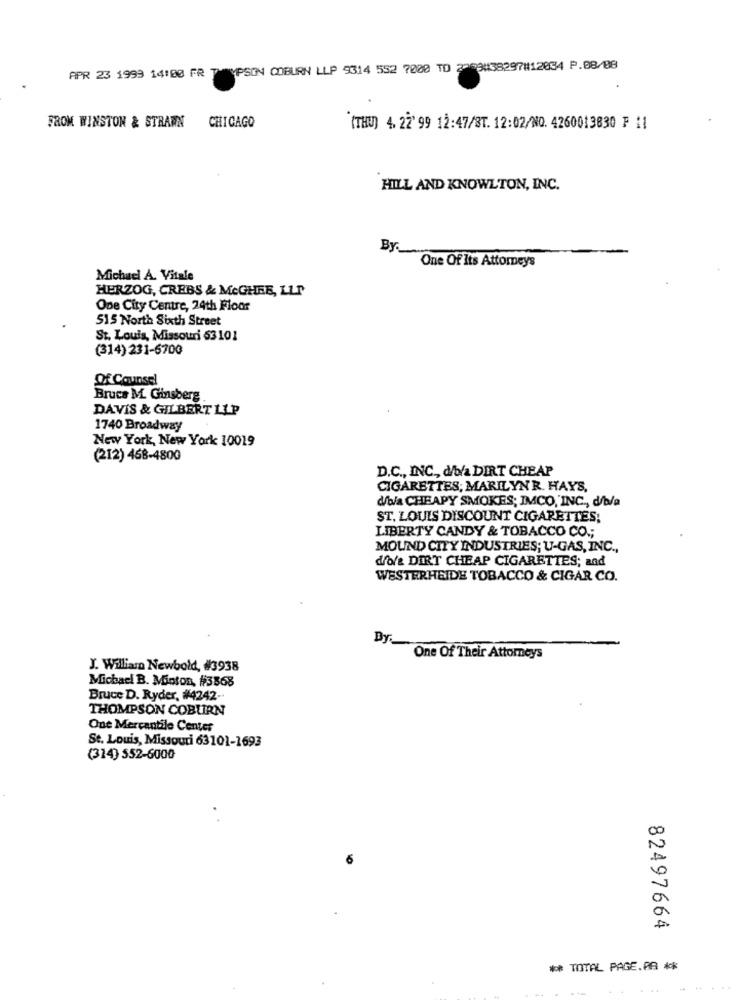
APR 23 1999 14:00 FR T
WMPSON COBURN LLP 9314 552 7000 TO 2209438297#12834 P.08/08
FROM WINSTON & STRAWN
CHICAGO
"(THU) 4. 22' 99 12:47/8T. 12:02/NO. 4260013830 F 11
HILL AND KNOWLTON, INC.
By.
One Of Its Attorneys
Michael A. Vitale
HERZOG, CREBS & MCGHEE, LLP
One City Centre, 24th Floor
515 North Sixth Street
St. Louis, Missouri 63101
(314) 231-6700
Of Counsel
Bruce M. Ginsberg.
DAVIS & GILBERT LLP
1740 Broadway
New York, New York 10019
(212) 468-4800
D.C ., INC ., d/o/a DIRT CHEAP
CIGARETTES; MARILYNR. HAYS.
do/a CHEAPY SMOKES; IMCO, INC ., d/b/a
ST. LOUIS DISCOUNT CIGARETTES;
LIBERTY CANDY & TOBACCO CO .;
MOUND CITY INDUSTRIES; U-GAS, INC .,
diola DIRT CHEAP CIGARETTES; and
WESTERHEIDE TOBACCO & CIGAR CO.
Dy.
One Of Their Attorneys
J. William Newbold, #3938
Michacl B. Minton, #3868
Bruce D. Ryder, #4242 -.
THOMPSON COBURN
One Mercantile Center
St. Louis, Missouri 63101-1693
(314) 552-6000
82497664
** TOTAL PAGE.PA **
.......